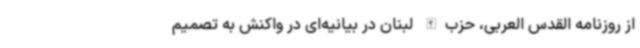
از روزنامه القدس العربی، حزب‌الله لبنان در بیانیه‌ای در واکنش به تصمیم